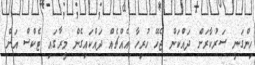
ހިންގަނީ ސަރުކާރަށް ދައްކަން ޖެހޭ ހުރިހާ އެއްޗެއް ދައްކައިގެން މީރާގައި ޓެކްސް އަށް